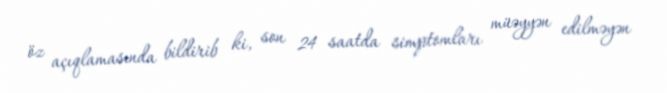
öz açıqlamasında bildirib ki, son 24 saatda simptomları müəyyən edilməyən